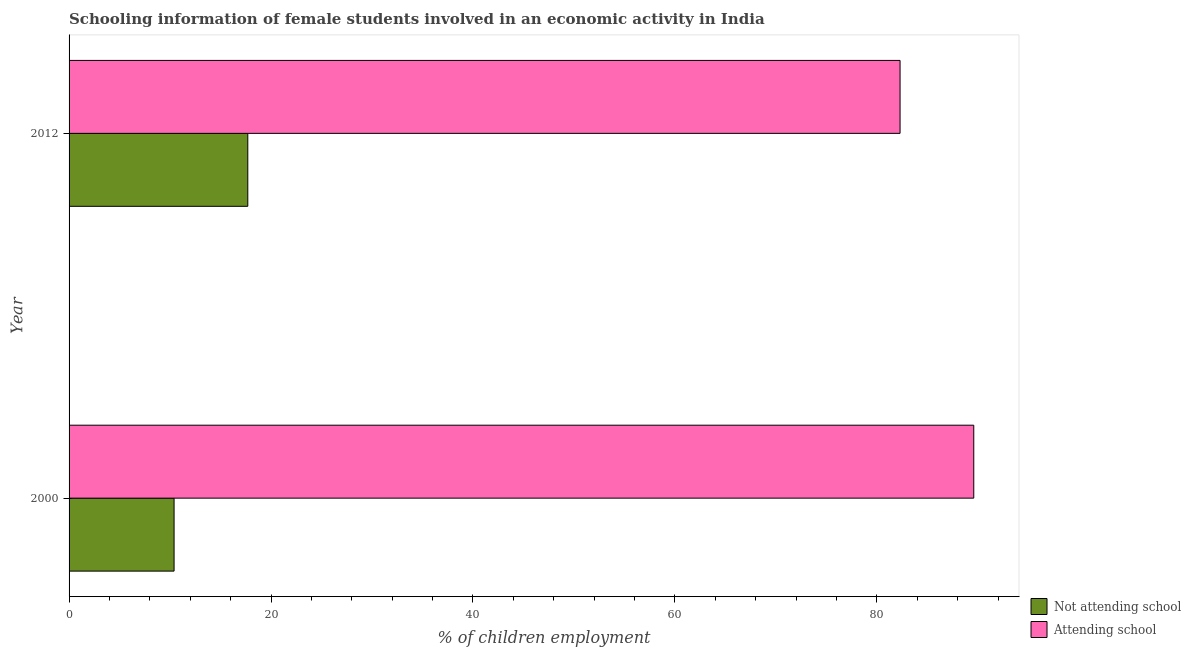
| Year | Not attending school | Attending school |
 | --- | --- | --- |
 | 2000 | 10.4 | 89.6 |
 | 2012 | 17.7 | 82.3 |